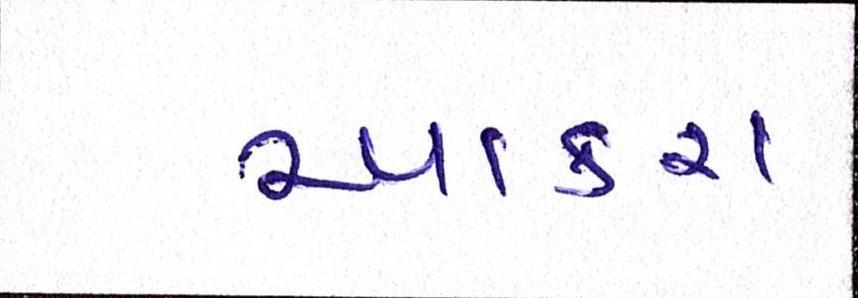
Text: આકરા